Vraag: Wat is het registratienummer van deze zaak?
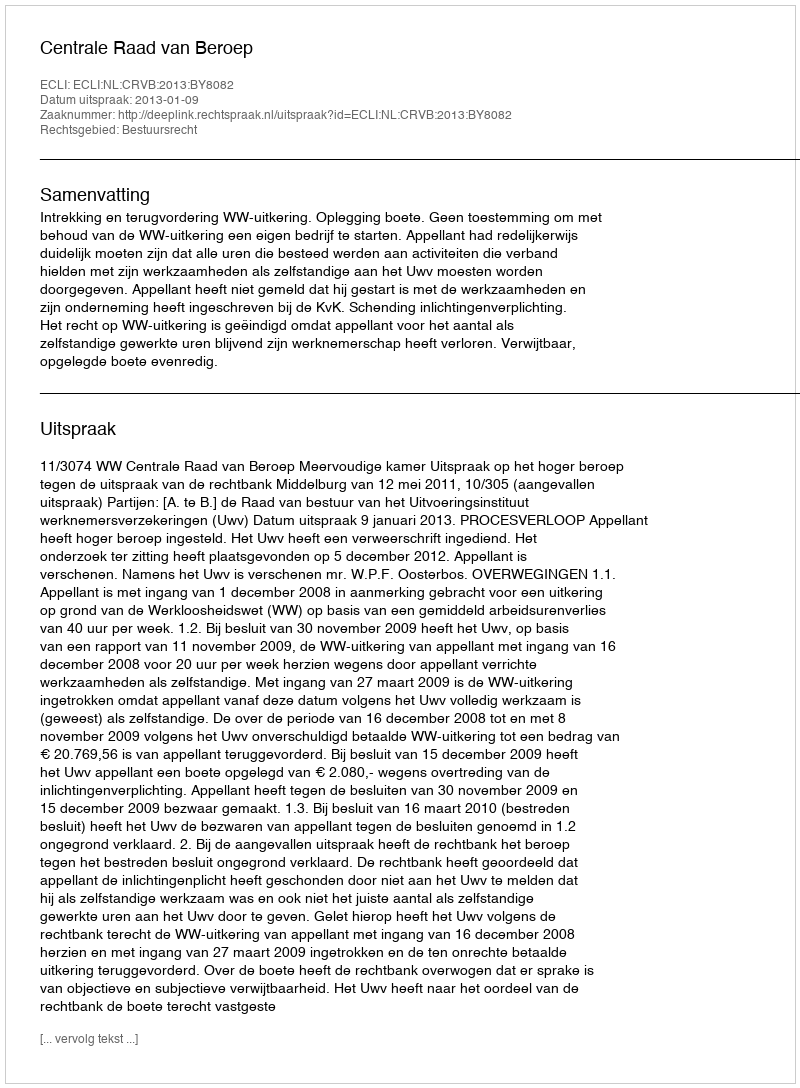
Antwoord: http://deeplink.rechtspraak.nl/uitspraak?id=ECLI:NL:CRVB:2013:BY8082